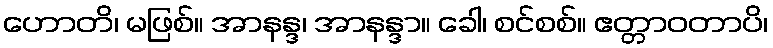
ဟောတိ၊ မဖြစ်။ အာနန္ဒ၊ အာနန္ဒာ။ ခေါ၊ စင်စစ်။ ဧတ္တာဝတာပိ၊